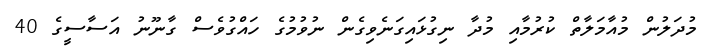
މުދަލުން މުއާމަލާތް ކުރުމާއި މުދާ ނިގުޅައިގަނެވިގެން ނުވުމުގެ ހައްގުވެސް ގާނޫނު އަސާސީގެ 40